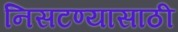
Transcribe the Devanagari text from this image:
निसटण्यासाठी